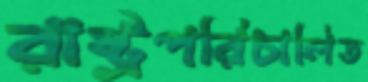
রাষ্ট্রপরিচালিত